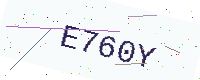
Text: E760Y